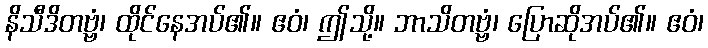
နိသီဒိတဗ္ဗံ၊ ထိုင်နေအပ်၏။ ဧဝံ၊ ဤသို့။ ဘာသိတဗ္ဗံ၊ ပြောဆိုအပ်၏။ ဧဝံ၊